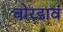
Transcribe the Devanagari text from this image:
बोरडावं